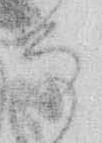
な